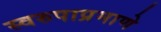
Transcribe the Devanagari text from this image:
स्वरुपाप्रमाणे